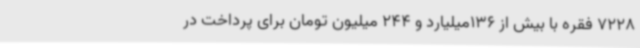
7228 فقره با بیش از 136میلیارد و 244 میلیون تومان برای پرداخت در